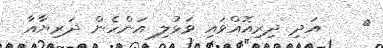
٨    އަދި ދިރިއޮއްވައި ވަޅުލި އަންހެން ދަރިޔާއާ